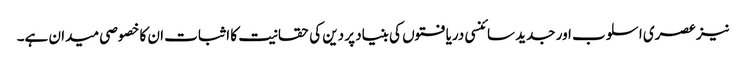
نیز عصری اسلوب اور جدید سائنسی دریافتوں کی بنیاد پر دین کی حقانیت کا اثبات ان کا خصوصی میدان ہے۔